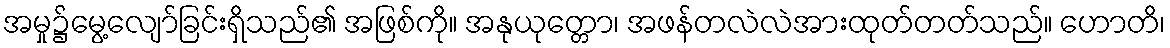
အမှု၌မွေ့လျော်ခြင်းရှိသည်၏ အဖြစ်ကို။ အနုယုတ္တော၊ အဖန်တလဲလဲအားထုတ်တတ်သည်။ ဟောတိ၊